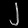
Digit: ၂